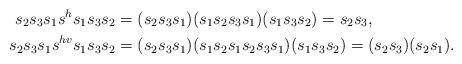
LaTeX: \begin{align*} s_2s_3s_1 s^{h} s_1s_3s_2 &=(s_2s_3s_1)(s_1s_2s_3s_1)(s_1s_3s_2) = s_2s_3,\\ s_2s_3s_1 s^{hv} s_1s_3s_2 &=(s_2s_3s_1)(s_1s_2s_1s_2s_3s_1)(s_1s_3s_2) = (s_2s_3)(s_2s_1). \end{align*}